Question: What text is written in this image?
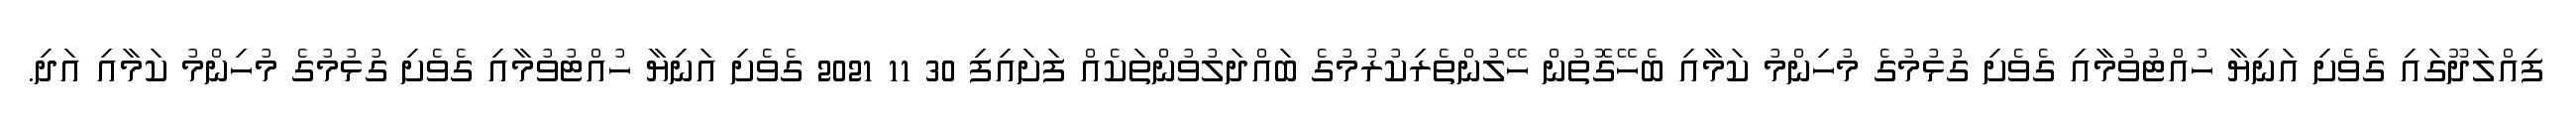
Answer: ފިއްލަދޫގައި ގެވެށި އަނިޔާ ހުއްޓުވުމާއި ގެވެށި ގުޅުމުގެ މުހިންމު ކަމާއި ބެހޭގޮތުން ހޭލުންތެރިކުރުމުގެ ބައްދަލުވުންތަކެއް ފަށައިފި 30 11 2021 ގެވެށި އަނިޔާ ހުއްޓުވުމާއި ގެވެށި ގުޅުމުގެ މުހިންމު ކަމާއި އަދި.